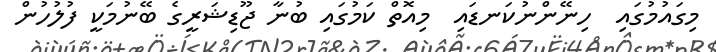
މިގައުމުގައި  ހިނޭންނުކަނޑައި  މިއޮތް ކަމުގައި ބުނާ ޖޫޑިޝަރީގެ ބޭނުމަކީ ފުލުހުން